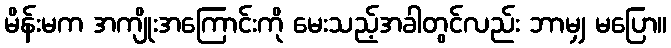
မိန်းမက အကျိုးအကြောင်းကို မေးသည့်အခါတွင်လည်း ဘာမျှ မပြော။